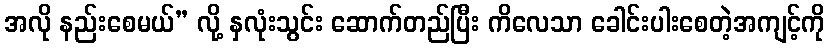
အလို နည်းစေမယ်” လို့ နှလုံးသွင်း ဆောက်တည်ပြီး ကိလေသာ ခေါင်းပါးစေတဲ့အကျင့်ကို